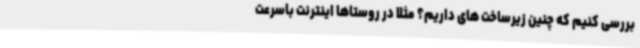
بررسی کنیم که چنین زیرساخت های داریم؟ مثلا در روستاها اینترنت باسرعت